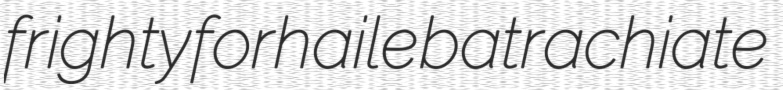
frighty forhaile batrachiate